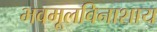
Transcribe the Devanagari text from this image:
भवमूलविनाशाय